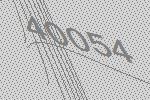
40054